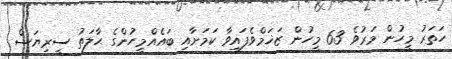
ހަތަރު މީހުން މަރުވެ 63 މީހުން ޒަޚަމްވެފައިވާ ކަމަށާއި ބައެއްމީހުންގެ ޙާލަތު ސީރިޔަސް